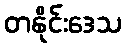
တနိုင်းဒေသ